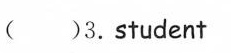
( )3. Student